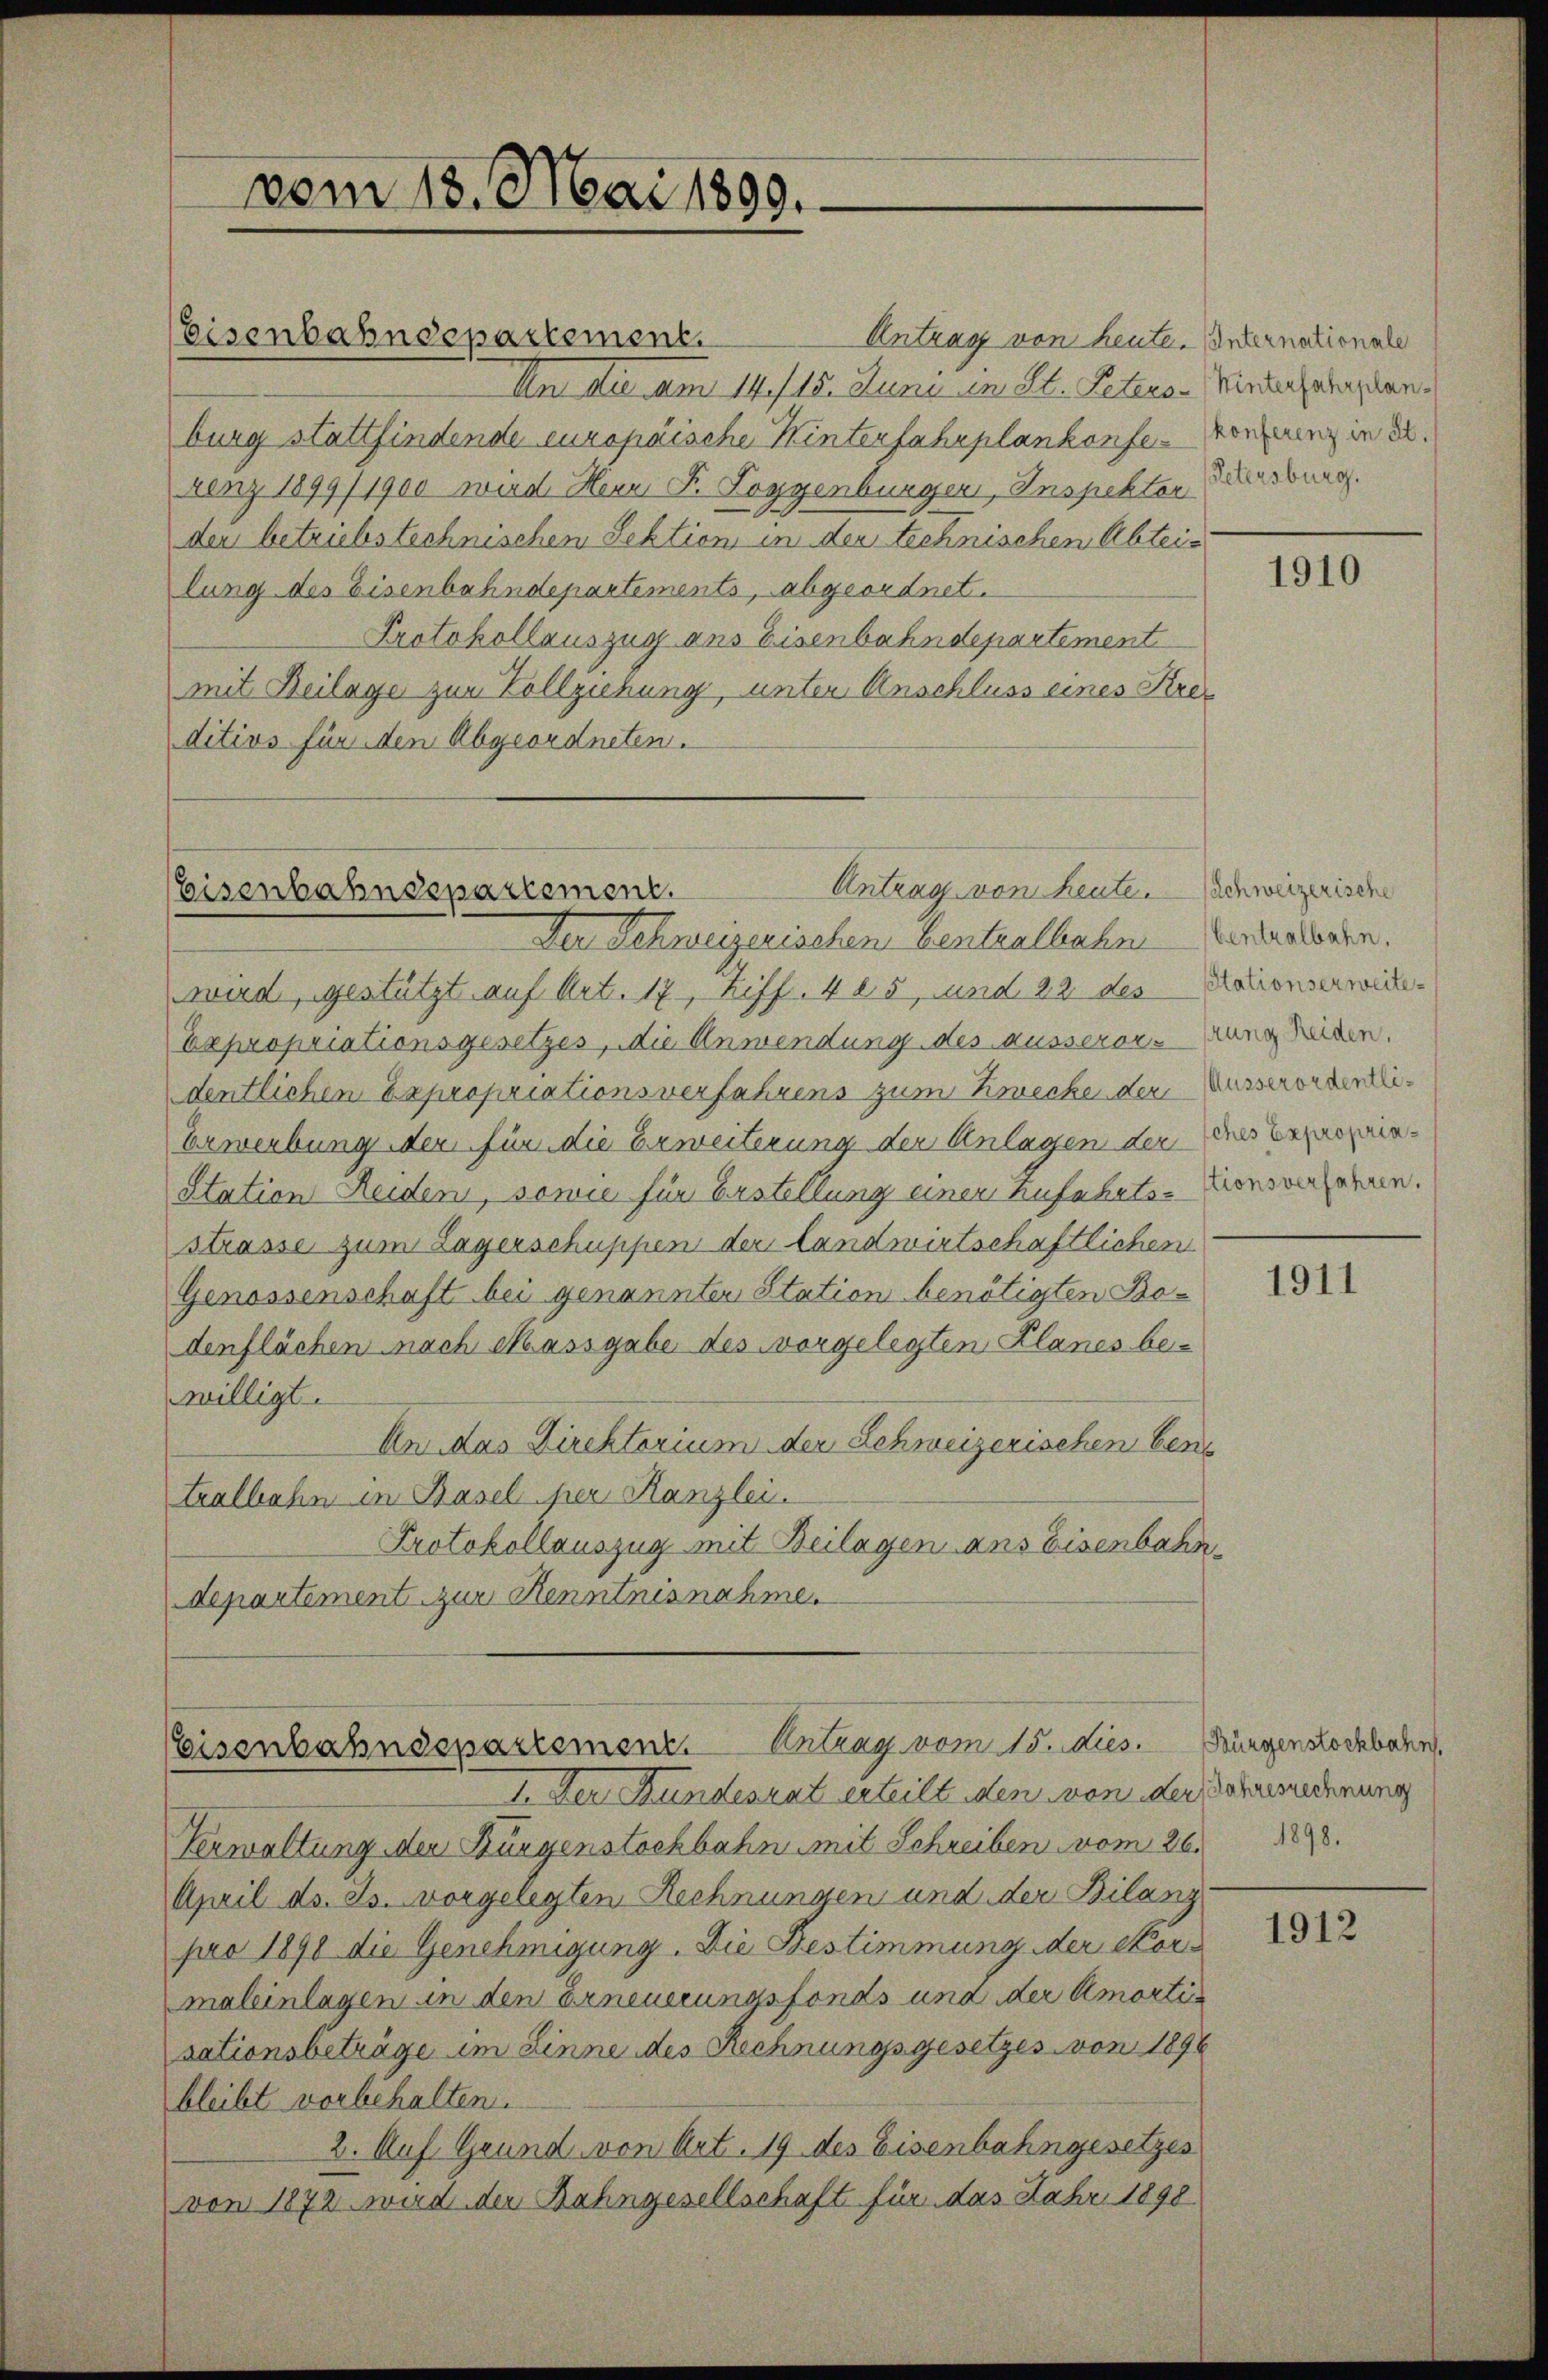
vom 18. Mai 1899.

Eisenbahndepartement.

Eisenbahnsspaziement.

Antrag von heute. Internationale
An die am 14. 15. Juni in St. Peters - Wiederfang kanburg stattfindende europäische Hinterfahrplankonfe-Konferenz in de
Lenz 1899/1900 wird Herr P. Loggenburger, Inspektor Persburg.
den betriebstechnischen Sektion in der technischen Abteilung des Eisenbahndepartements, abgeordnet.
Protokollauszug ans Eisenbahndepartement
mit Beilage zur Vollziehung, unter Anschluss eines Kres
ditivs für den Abgeordneten.

Antrag von heute. Schweizerische
Der Schweizerischen Centralbahn vertratoren.
wird, gestützt auf Art. 17, Ziff. 405, und 22 des Klauenserweck¬
Expropriationsgesetzes, die Anwendung des ausserons Rang leiden.
dentlichen Expropriationsverfahrens zum Zwecke der Ausserorderli¬
Erwerbung der für die Erweiterung der Anlagen der eines vernopnia-
Station Reiden, sowie für Erstellung einen Zufahrts-Prowenigernen.
strasse zum Lagerschuppen der Landwirtschaftlichen
Genossenschaft bei genannten Station benötigten Bodenflächen nach Massgabe des vorgelegten Klanes bewilligt.
An das Direktorium der Schweizerischen bene
tralbahn in Basel per Kanzlei.
Protokollauszug mit Beilagen ans Eisenbahndepartement zur Kenntnisnahme.

Eisenbahndepartement. Antrag vom 15. dies. Bürgenslochbahn.
I. Der Bundesrat erteilt den von der Jahresrechnung

Verwaltung der Bürgenstochbahn mit Schreiben vom 26. 1848.
April d. Js. vorgelegten Rechnungen und der Bilanz
pro 1890 die Genehmigung. Die Bestimmung der Nor-
maleinlagen an den Erneuerungsfonds und der Amortisationsbeträge im Linne des Rechnungsgesetzes von 1896
bleibt vorbehalten.
2. Auf Grund von Art. 19 des Eisenbahngesetzes
von 1872 wird der Bahngesellschaft für das Jahr 1898

1910

1911

1912